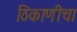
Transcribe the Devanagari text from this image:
ठिकाणीचा